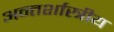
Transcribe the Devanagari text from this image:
अन्तर्शास्त्रीय